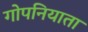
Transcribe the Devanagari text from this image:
गोपनियाता